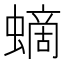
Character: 𧏸